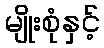
မျိုးစုံနှင့်